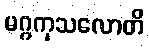
မဂ္ဂကုသလောတိ